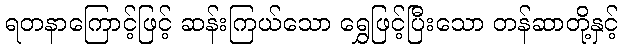
ရတနာကြောင့်ဖြင့် ဆန်းကြယ်သော ရွှေဖြင့်ပြီးသော တန်ဆာတို့နှင့်